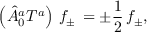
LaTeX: \left( { \hat { A } } _ { 0 } ^ { a } T ^ { a } \right) \, f _ { \pm } \, = \pm \frac { 1 } { 2 } \, f _ { \pm } ,